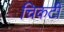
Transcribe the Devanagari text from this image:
चिकटी